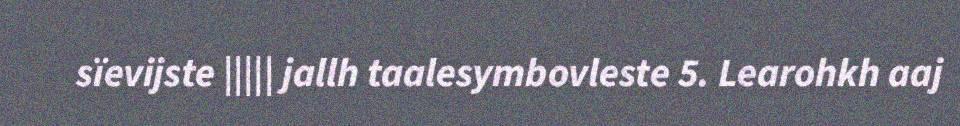
sïevijste ||||| jallh taalesymbovleste 5. Learohkh aaj